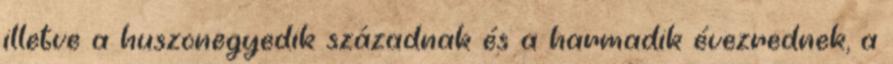
illetve a huszonegyedik századnak és a harmadik évezrednek, a